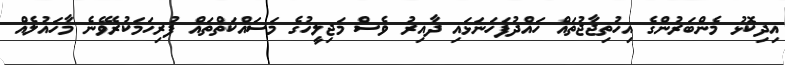
އިދިކޮޅު މެންބަރުންގެ އިހުތިޖާޖުތައް ހައްދުފަހަނަޅައި ދާއިރު ވެސް މަޖިލީހުގެ މަސައްކަތްތައް ފުރިހަމަކުރެވޭނެ މާހައުލެއް